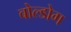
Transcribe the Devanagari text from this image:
बोल्डोग